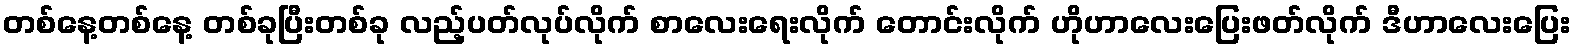
တစ်နေ့တစ်နေ့ တစ်ခုပြီးတစ်ခု လည့်ပတ်လုပ်လိုက် စာလေးရေးလိုက် တောင်းလိုက် ဟိုဟာလေးပြေးဖတ်လိုက် ဒီဟာလေးပြေး